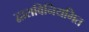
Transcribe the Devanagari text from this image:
द्वाराविनियमित